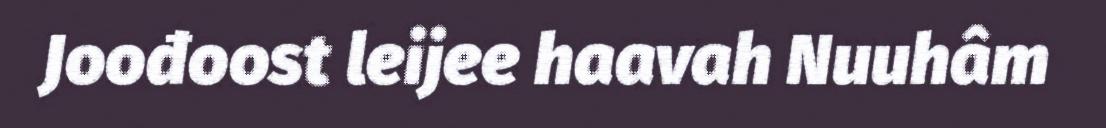
Joođoost leijee haavah Nuuhâm